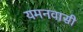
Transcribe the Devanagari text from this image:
यमनवासी